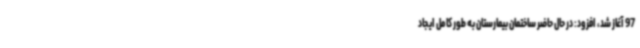
97 آغاز شد، افزود: در حال حاضر ساختمان بیمارستان به طور کامل ایجاد